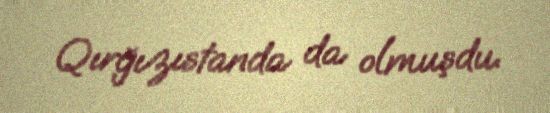
Qırğızıstanda da olmuşdu.